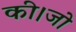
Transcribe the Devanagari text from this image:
की।जो